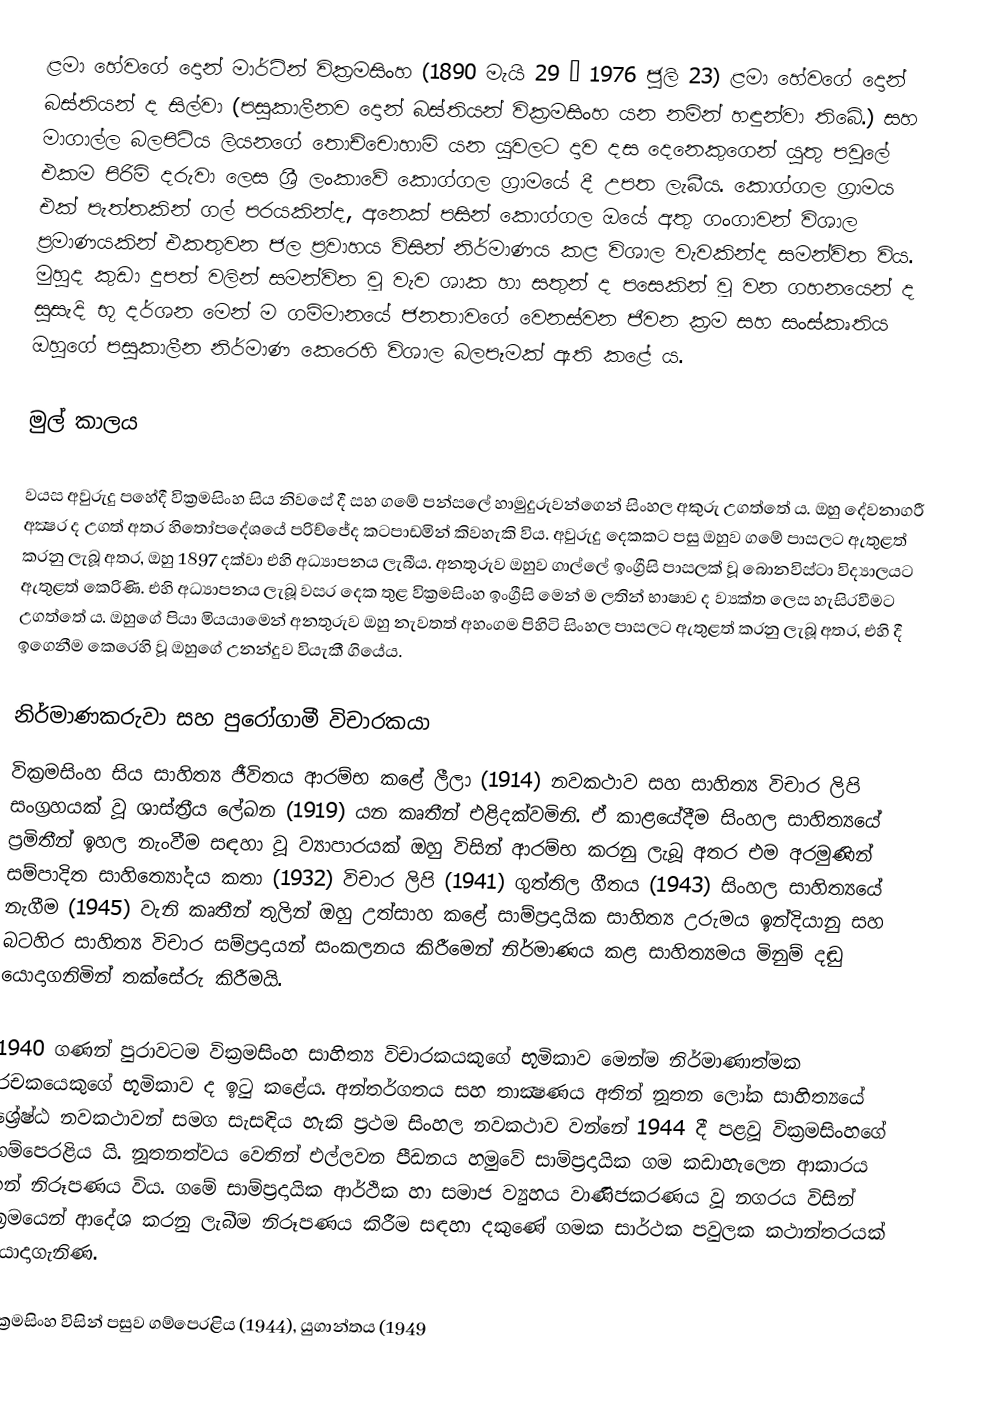
ළමා හේවගේ දොන් මාර්ටින් වික්‍රමසිංහ (1890 මැයි 29 – 1976 ජුලි 23) ළමා හේවගේ දොන් බස්තියන් ද සිල්වා (පසුකාලීනව දොන් බස්තියන් වික්‍රමසිංහ යන නමින් හඳුන්වා තිබේ.) සහ මාගාල්ල බලපිටිය ලියනගේ තොච්චොහාමි යන යුවලට දාව දස දෙනෙකුගෙන් යුතු පවුලේ එකම පිරිමි දරුවා ලෙස ශ්‍රී ලංකාවේ කොග්ගල ග්‍රාමයේ දී උපත ලැබීය. කොග්ගල ග්‍රාමය එක් පැත්තකින් ගල් පරයකින්ද, අනෙක් පසින් කොග්ගල ඔයේ අතු ගංගාවන් විශාල ප්‍රමාණයකින් එකතුවන ජල ප්‍රවාහය විසින් නිර්මාණය කළ විශාල වැවකින්ද සමන්විත විය. මුහුද කුඩා දුපත් වලින් සමන්විත වූ වැව ශාක හා සතුන් ද පසෙකින් වූ වන ගහනයෙන් ද සුසැදි භූ දර්ශන මෙන් ම ගම්මානයේ ජනතාවගේ වෙනස්වන ජීවන ක්‍රම සහ  සංස්කෘතිය ඔහුගේ පසුකාලීන නිර්මාණ කෙරෙහි විශාල බලපෑමක් ඇති කළේ ය.

මුල් කාලය

වයස අවුරුදු පහේදී වික්‍රමසිංහ සිය නිවසේ දී සහ ගමේ පන්සලේ හාමුදුරුවන්ගෙන් සිංහල අකුරු උගත්තේ ය. ඔහු දේවනාගරී අක්‍ෂර ද උගත් අතර හිතෝපදේශයේ පරිච්ජේද කටපාඩමින් කිවහැකි විය. අවුරුදු දෙකකට පසු ඔහුව ගමේ පාසලට ඇතුළත් කරනු ලැබූ අතර, ඔහු 1897 දක්වා එහි අධ්‍යාපනය ලැබීය. අනතුරුව ඔහුව ගාල්ලේ ඉංග්‍රීසි පාසලක් වූ බොනවිස්ටා විද්‍යාලයට ඇතුළත් කෙරිණි. එහි අධ්‍යාපනය ලැබූ වසර දෙක තුළ වික්‍රමසිංහ ඉංග්‍රීසි මෙන් ම ලතින් භාෂාව ද ව්‍යක්ත ලෙස හැසිරවීමට උගත්තේ ය. ඔහුගේ පියා මියයාමෙන් අනතුරුව ඔහු නැවතත් අහංගම පිහිටි සිංහල පාසලට ඇතුළත් කරනු ලැබූ අතර, එහි දී ඉගෙනීම කෙරෙහි වූ ඔහුගේ උනන්දුව වියැකී ගියේය.

නිර්මාණකරුවා  සහ පුරෝගාමී විචාරකයා
වික්‍රමසිංහ සිය සාහිත්‍ය ජීවිතය ආරම්භ කළේ ලීලා (1914) නවකථාව සහ සාහිත්‍ය විචාර ලිපි සංග්‍රහයක් වූ ශාස්ත්‍රීය ලේඛන (1919) යන කෘතීන් එළිදක්වමිනි. ඒ කාළයේදීම සිංහල සාහිත්‍යයේ ප්‍රමිතීන් ඉහල නැංවීම සඳහා වූ ව්‍යාපාරයක් ඔහු විසින් ආරම්භ කරනු ලැබූ අතර එම අරමුණින් සම්පාදිත සාහිත්‍යෝදය කතා (1932) විචාර ලිපි (1941) ගුත්තිල ගීතය (1943) සිංහල සාහිත්‍යයේ නැගීම (1945) වැනි කෘතීන් තුලින් ඔහු උත්සාහ කළේ සාම්ප්‍රදායික සාහිත්‍ය උරුමය ඉන්දියානු සහ බටහිර සාහිත්‍ය විචාර සම්ප්‍රදායන් සංකලනය කිරීමෙන් නිර්මාණය කළ සාහිත්‍යමය මිනුම් දඬු යොදාගනිමින් තක්සේරු කිරීමයි.

1940 ගණන් පුරාවටම වික්‍රමසිංහ සාහිත්‍ය විචාරකයකුගේ භූමිකාව මෙන්ම නිර්මාණාත්මක රචකයෙකුගේ භූමිකාව ද ඉටු කළේය. අන්තර්ගතය සහ තාක්‍ෂණය අතින් නූතන ලෝක සාහිත්‍යයේ ශ්‍රේෂ්ඨ නවකථාවන් සමග සැසඳිය හැකි ප්‍රථම සිංහල නවකථාව වන්නේ 1944 දී පළවූ වික්‍රමසිංහගේ ගම්පෙරළිය යි. නූතනත්වය වෙතින් එල්ලවන පීඩනය හමුවේ සාම්ප්‍රදායික ගම කඩාහැලෙන ආකාරය ඉන් නිරූපණය විය. ගමේ සාම්ප්‍රදායික ආර්ථික හා සමාජ ව්‍යුහය වාණිජකරණය වූ නගරය විසින් ක්‍රමයෙන් ආදේශ කරනු ලැබීම නිරූපණය කිරීම සඳහා දකුණේ ගමක සාර්ථක පවුලක කථාන්තරයක් යොදාගැනිණ.

වික්‍රමසිංහ විසින් පසුව ගම්පෙරළිය (1944), යුගාන්තය (1949